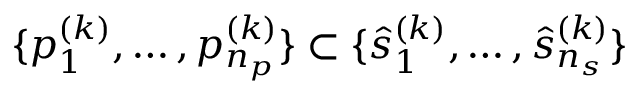
\{ p _ { 1 } ^ { ( k ) } , \ldots , p _ { n _ { p } } ^ { ( k ) } \} \subset \{ \hat { s } _ { 1 } ^ { ( k ) } , \ldots , \hat { s } _ { n _ { s } } ^ { ( k ) } \}